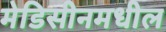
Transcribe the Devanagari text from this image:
मेडिसीनमधील